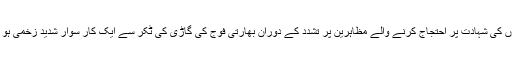
نوجوانوں کی شہادت پر احتجاج کرنے والے مظاہرین پر تشدد کے دوران بھارتی فوج کی گاڑی کی ٹکر سے ایک کار سوار شدید زخمی ہو گیا تھا۔